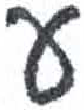
אות: ע